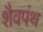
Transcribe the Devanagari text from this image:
शैवपंथ